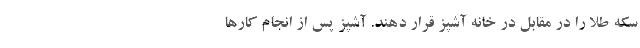
سکه طلا را در مقابل در خانه آشپز قرار دهند. آشپز پس از انجام کارها